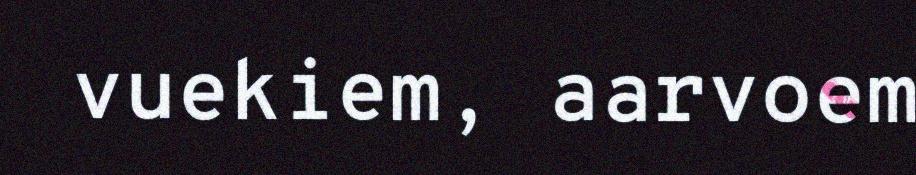
vuekiem, aarvoem